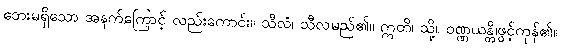
ဘေးမရှိသော အနက်ကြောင့် လည်းကောင်း။ သီလံ၊ သီလမည်၏။ ဣတိ၊ သို့။ ဝဏ္ဏယန္တိ၊ဖွင့်ကုန်၏။